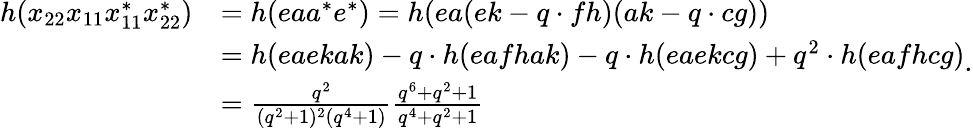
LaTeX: \begin{array}{rl}{h(x_{22}x_{11}x_{11}^{*}x_{22}^{*})}&{=h(eaa^{*}e^{*})=h(ea(ek-q\cdot fh)(ak-q\cdot cg))}\\ &{=h(eaekak)-q\cdot h(eafhak)-q\cdot h(eaekcg)+q^{2}\cdot h(eafhcg)}\\ &{=\frac{q^{2}}{(q^{2}+1)^{2}(q^{4}+1)}\frac{q^{6}+q^{2}+1}{q^{4}+q^{2}+1}}\end{array}.